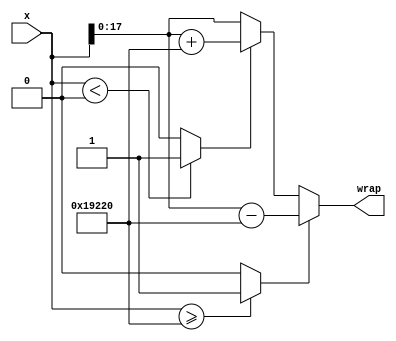
module controllerHdl_Wrap_2pi
          (
           x,
           wrap
          );


  input   signed [18:0] x;  // sfix19_En14
  output  signed [17:0] wrap;  // sfix18_En14


  wire signed [18:0] Two_Pi1_out1;  // sfix19_En14
  wire signed [18:0] Two_Pi3_out1;  // sfix19_En14
  wire Relational_Operator1_relop1;
  wire signed [19:0] x_dtc;  // sfix20_En14
  wire signed [18:0] Two_Pi2_out1;  // sfix19_En14
  wire signed [18:0] Two_Pi_out1;  // sfix19_En14
  wire Relational_Operator_relop1;
  wire signed [19:0] Add2_add_cast;  // sfix20_En14
  wire signed [19:0] Add2_add_cast_1;  // sfix20_En14
  wire signed [19:0] Add2_out1;  // sfix20_En14
  wire signed [19:0] Switch1_out1;  // sfix20_En14
  wire signed [17:0] Switch1_out1_dtc;  // sfix18_En14
  wire signed [19:0] Add1_sub_cast;  // sfix20_En14
  wire signed [19:0] Add1_sub_cast_1;  // sfix20_En14
  wire signed [19:0] Add1_out1;  // sfix20_En14
  wire signed [17:0] Add1_out1_dtc;  // sfix18_En14
  wire signed [17:0] Switch_out1;  // sfix18_En14


  // <S10>/Two Pi1
  assign Two_Pi1_out1 = 19'sb0011001001000100000;



  // <S10>/Two Pi3
  assign Two_Pi3_out1 = 19'sb0000000000000000000;



  // <S10>/Relational Operator1
  assign Relational_Operator1_relop1 = (x < Two_Pi3_out1 ? 1'b1 :
              1'b0);



  assign x_dtc = x;



  // <S10>/Two Pi2
  assign Two_Pi2_out1 = 19'sb0011001001000100000;



  // <S10>/Two Pi
  assign Two_Pi_out1 = 19'sb0011001001000100000;



  // <S10>/Relational Operator
  assign Relational_Operator_relop1 = (x >= Two_Pi1_out1 ? 1'b1 :
              1'b0);



  // <S10>/Add2
  assign Add2_add_cast = x;
  assign Add2_add_cast_1 = Two_Pi2_out1;
  assign Add2_out1 = Add2_add_cast + Add2_add_cast_1;



  // <S10>/Switch1
  assign Switch1_out1 = (Relational_Operator1_relop1 == 1'b0 ? x_dtc :
              Add2_out1);



  assign Switch1_out1_dtc = Switch1_out1[17:0];



  // <S10>/Add1
  assign Add1_sub_cast = x;
  assign Add1_sub_cast_1 = Two_Pi_out1;
  assign Add1_out1 = Add1_sub_cast - Add1_sub_cast_1;



  assign Add1_out1_dtc = Add1_out1[17:0];



  // <S10>/Switch
  assign Switch_out1 = (Relational_Operator_relop1 == 1'b0 ? Switch1_out1_dtc :
              Add1_out1_dtc);



  assign wrap = Switch_out1;

endmodule